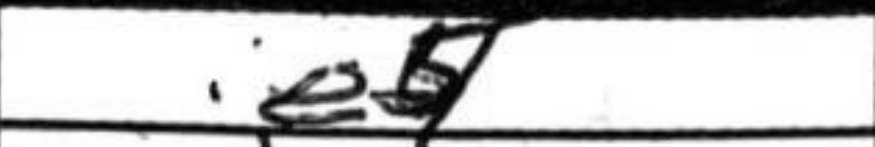
Transcription: e5